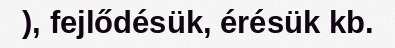
), fejlődésük, érésük kb.